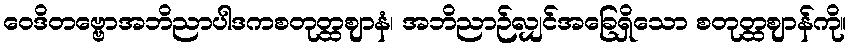
ဝေဒိတဗ္ဗောအဘိညာပါဒကစတုတ္ထဈာနံ၊ အဘိညာဉ်လျှင်အခြေရှိသော စတုတ္ထဈာန်ကို။